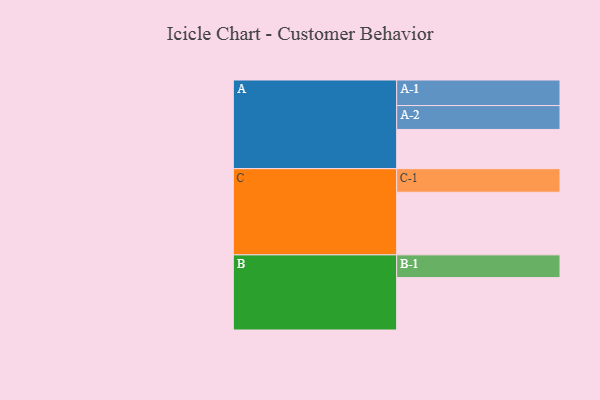
{"axis": {"x": "Segment", "y": "Value"}, "legend": ["", "A", "B", "C"], "data": [{"x": "A", "y": 368, "type": ""}, {"x": "B", "y": 492, "type": ""}, {"x": "C", "y": 588, "type": ""}, {"x": "A-1", "y": 240, "type": "A"}, {"x": "A-2", "y": 224, "type": "A"}, {"x": "B-1", "y": 213, "type": "B"}, {"x": "C-1", "y": 221, "type": "C"}]}